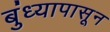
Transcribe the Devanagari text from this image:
बुंध्यापासून